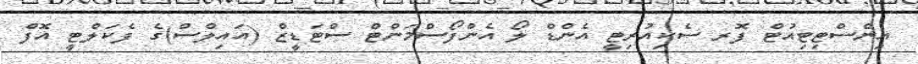
އިންސްޓިޓިއުޓް ފޮރ ސެކިއުރިޓީ އެންޑް ލޯ އެންފޯސްމަންޓް ސްޓަޑީޒް (އައިލްސް)ގެ ފެކަލްޓީ އޮފް